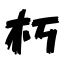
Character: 朽